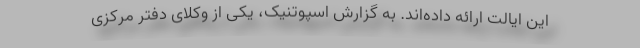
این ایالت ارائه داده‌اند. به گزارش اسپوتنیک، یکی از وکلای دفتر مرکزی